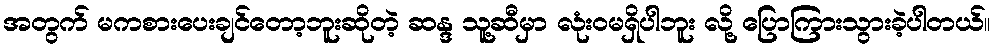
အတွက် မကစားပေးချင်တော့ဘူးဆိုတဲ့ ဆန္ဒ သူ့ဆီမှာ လုံးဝမရှိပါဘူး လို့ ပြောကြားသွားခဲ့ပါတယ်။